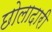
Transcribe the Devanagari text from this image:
छोलादारी